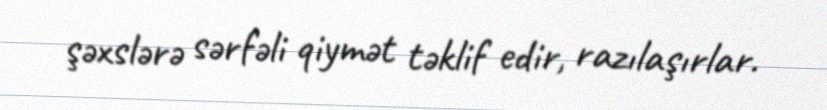
şəxslərə sərfəli qiymət təklif edir, razılaşırlar.